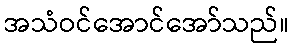
အသံဝင်အောင်အော်သည်။